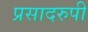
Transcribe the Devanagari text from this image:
प्रसादरुपी